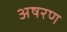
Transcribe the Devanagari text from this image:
अषरण